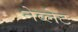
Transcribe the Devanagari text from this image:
नेब्लेट